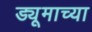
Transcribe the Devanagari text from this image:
ड्यूमाच्या